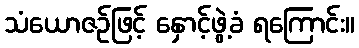
သံယောဇဉ်ဖြင့် နှောင့်ဖွဲ့ခံ ရကြောင်း။